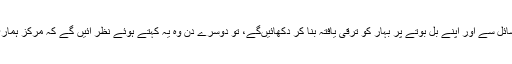
ایک دن وہ میڈیاکے سامنے خم ٹھونک کر کہیں گے کہ ہمیں مرکز کی مدد نہیں چاہیے، ہم اپنے وسائل سے اور اپنے بل بوتے پر بہار کو ترقی یافتہ بنا کر دکھائیںگے، تو دوسرے دن وہ یہ کہتے ہوئے نظر آئیں گے کہ مرکز ہماری مدد نہیں کررہا ورنہ ہم کیا نہیں کر دیتے، بہار کی ترقی کی راہ میں دراصل مرکز ہی حائل ہے۔